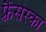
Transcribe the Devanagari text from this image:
फ़्रैंसेस्का